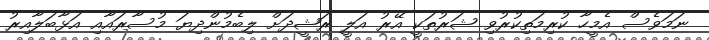
ނަމަވެސް އެމީހާ ކުރިމަތިކުރުވި ޝަރުތަކީ އޭރު އަލީ ރަޝީދަށް ލިބެމުންދިޔަ މުސާރައާއި އަޅާބަލާއިރު